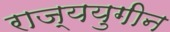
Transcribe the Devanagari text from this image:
राज्ययुगीन